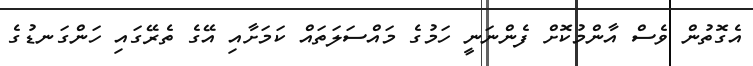
އެގޮތުން ވެސް އާންމުކޮށް ފެންނަނީ ހަމުގެ މައްސަލަތައް ކަމަށާއި އޭގެ ތެރޭގައި ހަންގަނޑުގެ